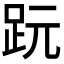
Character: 𧿙